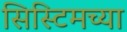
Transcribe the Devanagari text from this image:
सिस्टिमच्या